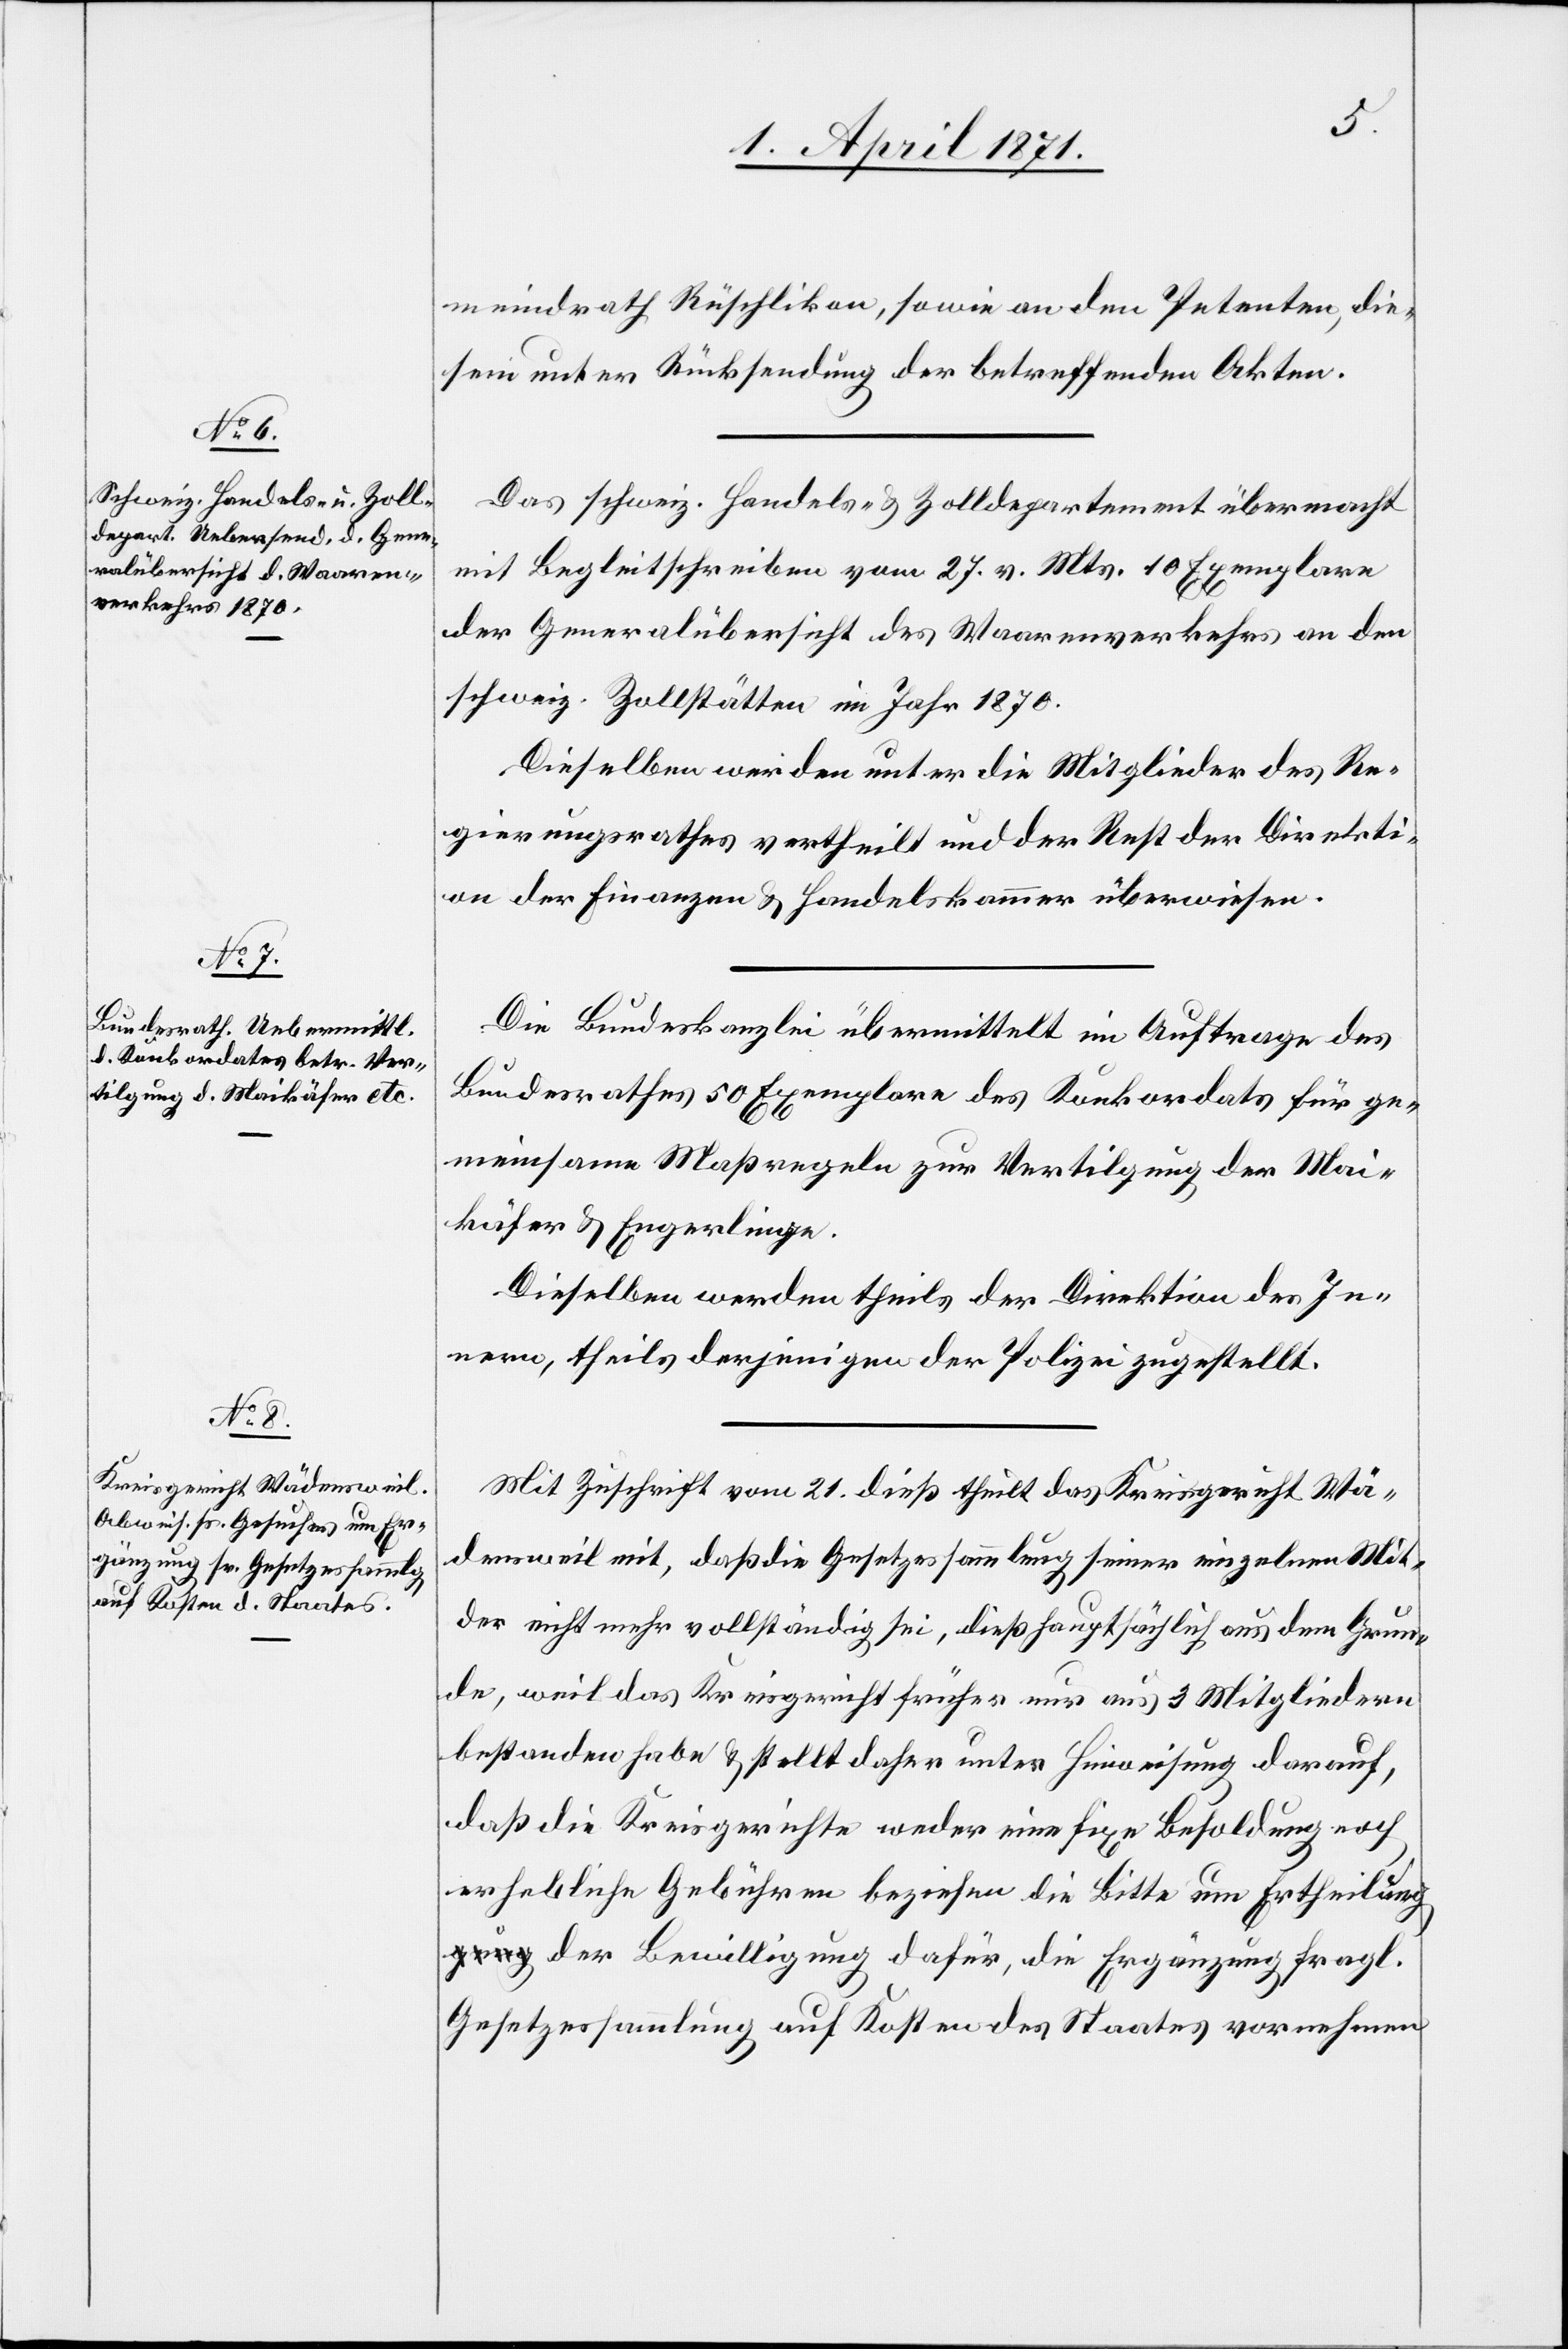
meindrath Rüschlikon, sowie an den Petenten, die¬
sem unter Rücksendung der betreffenden Akten.
Das schweiz. Handels- u. Zolldepartement übermacht
mit Begleitschreiben vom 27. v. Mts. 10 Exemplare
der Generalübersicht des Waarenverkehrs an den
schweiz. Zollstätten im Jahr 1870.
Dieselben werden unter die Mitglieder des Re¬
gierungsrathes vertheilt und der Rest der Direkti¬
on der Finanzen u. Handelskammer überwiesen.
Die Bundeskanzlei übermittelt im Auftrage des
Bundesrathes 50 Exemplare des Konkordats für ge¬
meinsame Maßregeln zur Vertilgung der Mai¬
käfer u. Engerlinge.
Dieselben werden theils der Direktion des In¬
nern, theils derjenigen der Polizei zugestellt.
Mit Zuschrift vom 21. dieß theilt das Kreisgericht Wä¬
densweil mit, daß die Gesetzessammlung seiner einzelnen Mit[gli¬
e]der nicht mehr vollständig sei, dieß hauptsächlich aus dem Grun¬
de, weil das Kreisgericht früher nur aus 3 Mitgliedern
bestanden habe u. stellt daher unter Hinweisung darauf,
daß die Kreisgerichte weder eine fixe Besoldung noch
erhebliche Gebühren beziehen die Bitte um Ertheilun¬
g der Bewilligung dafür, die Ergänzung fragl.
Gesetzessammlung auf Kosten des Staates vornehmen